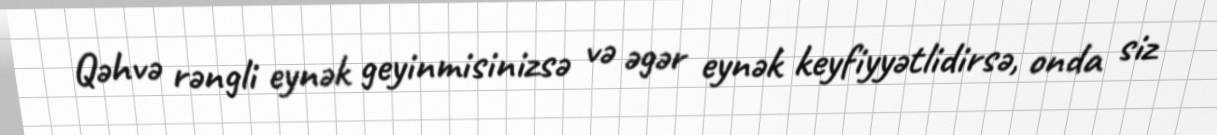
Qəhvə rəngli eynək geyinmisinizsə və əgər eynək keyfiyyətlidirsə, onda siz